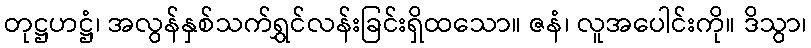
တုဋ္ဌဟဋ္ဌံ၊ အလွန်နှစ်သက်ရွှင်လန်းခြင်းရှိထသော။ ဇနံ၊ လူအပေါင်းကို။ ဒိသွာ၊